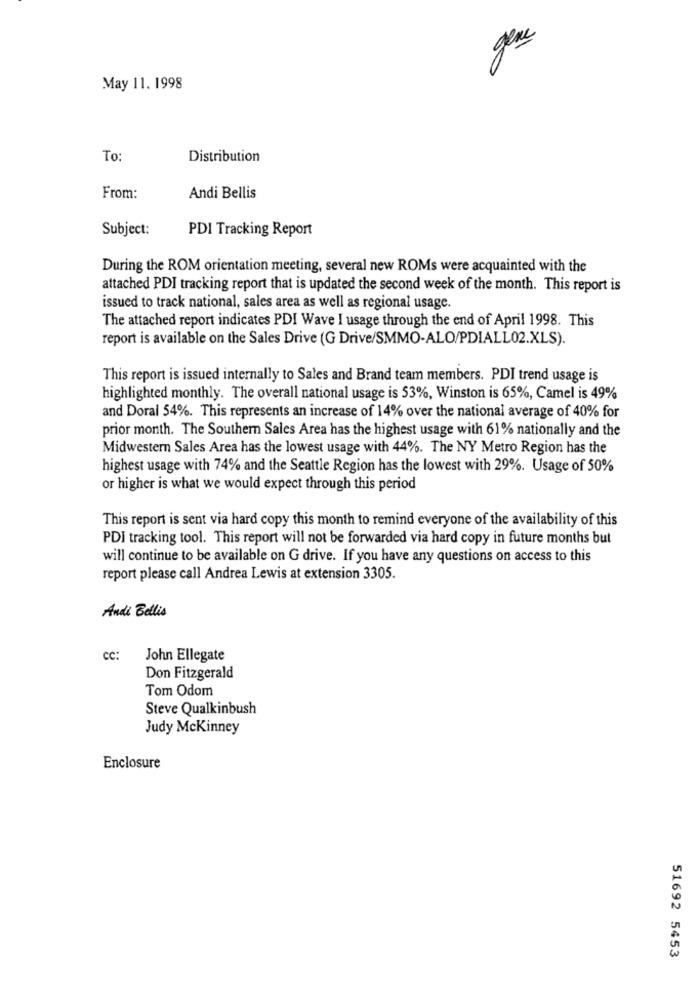
gene
May 11. 1998
To:
Distribution
From:
Andi Bellis
Subject:
PDI Tracking Report
During the ROM orientation meeting, several new ROMs were acquainted with the
attached PDI tracking report that is updated the second week of the month. This report is
issued to track national, sales area as well as regional usage.
The attached report indicates PDI Wave I usage through the end of April 1998. This
report is available on the Sales Drive (G Drive/SMMO-ALO/PDIALLO2.XLS).
This report is issued internally to Sales and Brand team members. PDI trend usage is
highlighted monthly. The overall national usage is 53%, Winston is 65%, Camel is 49%
and Doral 54%. This represents an increase of 14% over the national average of 40% for
prior month. The Southern Sales Area has the highest usage with 61% nationally and the
Midwestern Sales Area has the lowest usage with 44%. The NY Metro Region has the
highest usage with 74% and the Seattle Region has the lowest with 29%. Usage of 50%
or higher is what we would expect through this period
This report is sent via hard copy this month to remind everyone of the availability of this
PDI tracking tool. This report will not be forwarded via hard copy in future months but
will continue to be available on G drive. If you have any questions on access to this
report please call Andrea Lewis at extension 3305.
Andi Bellis
CC:
John Ellegate
Don Fitzgerald
Tom Odom
Steve Qualkinbush
Judy Mckinney
Enclosure
51692 5453